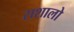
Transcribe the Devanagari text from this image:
राशालो